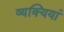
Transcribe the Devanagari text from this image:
व्यक्यियां